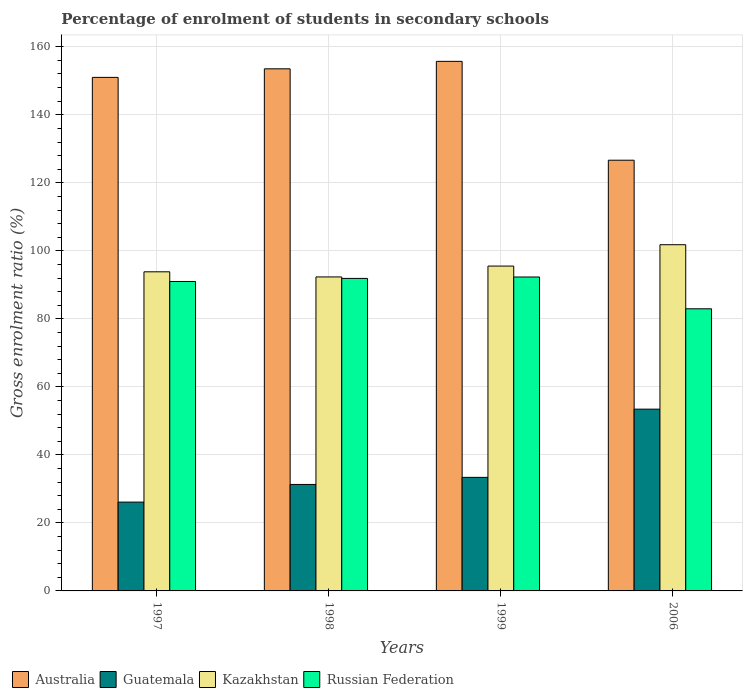
| Years | Australia | Guatemala | Kazakhstan | Russian Federation |
 | --- | --- | --- | --- | --- |
 | 1997 | 151 | 26.1 | 93.8 | 91 |
 | 1998 | 154 | 31.3 | 92.3 | 91.9 |
 | 1999 | 156 | 33.4 | 95.5 | 92.3 |
 | 2006 | 127 | 53.4 | 102 | 83 |